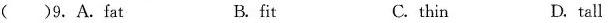
( )9.A.Fat B. fit C. thin D. tall